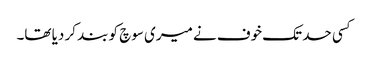
کسی حد تک خوف نے میری سوچ کو بند کر دیا تھا۔